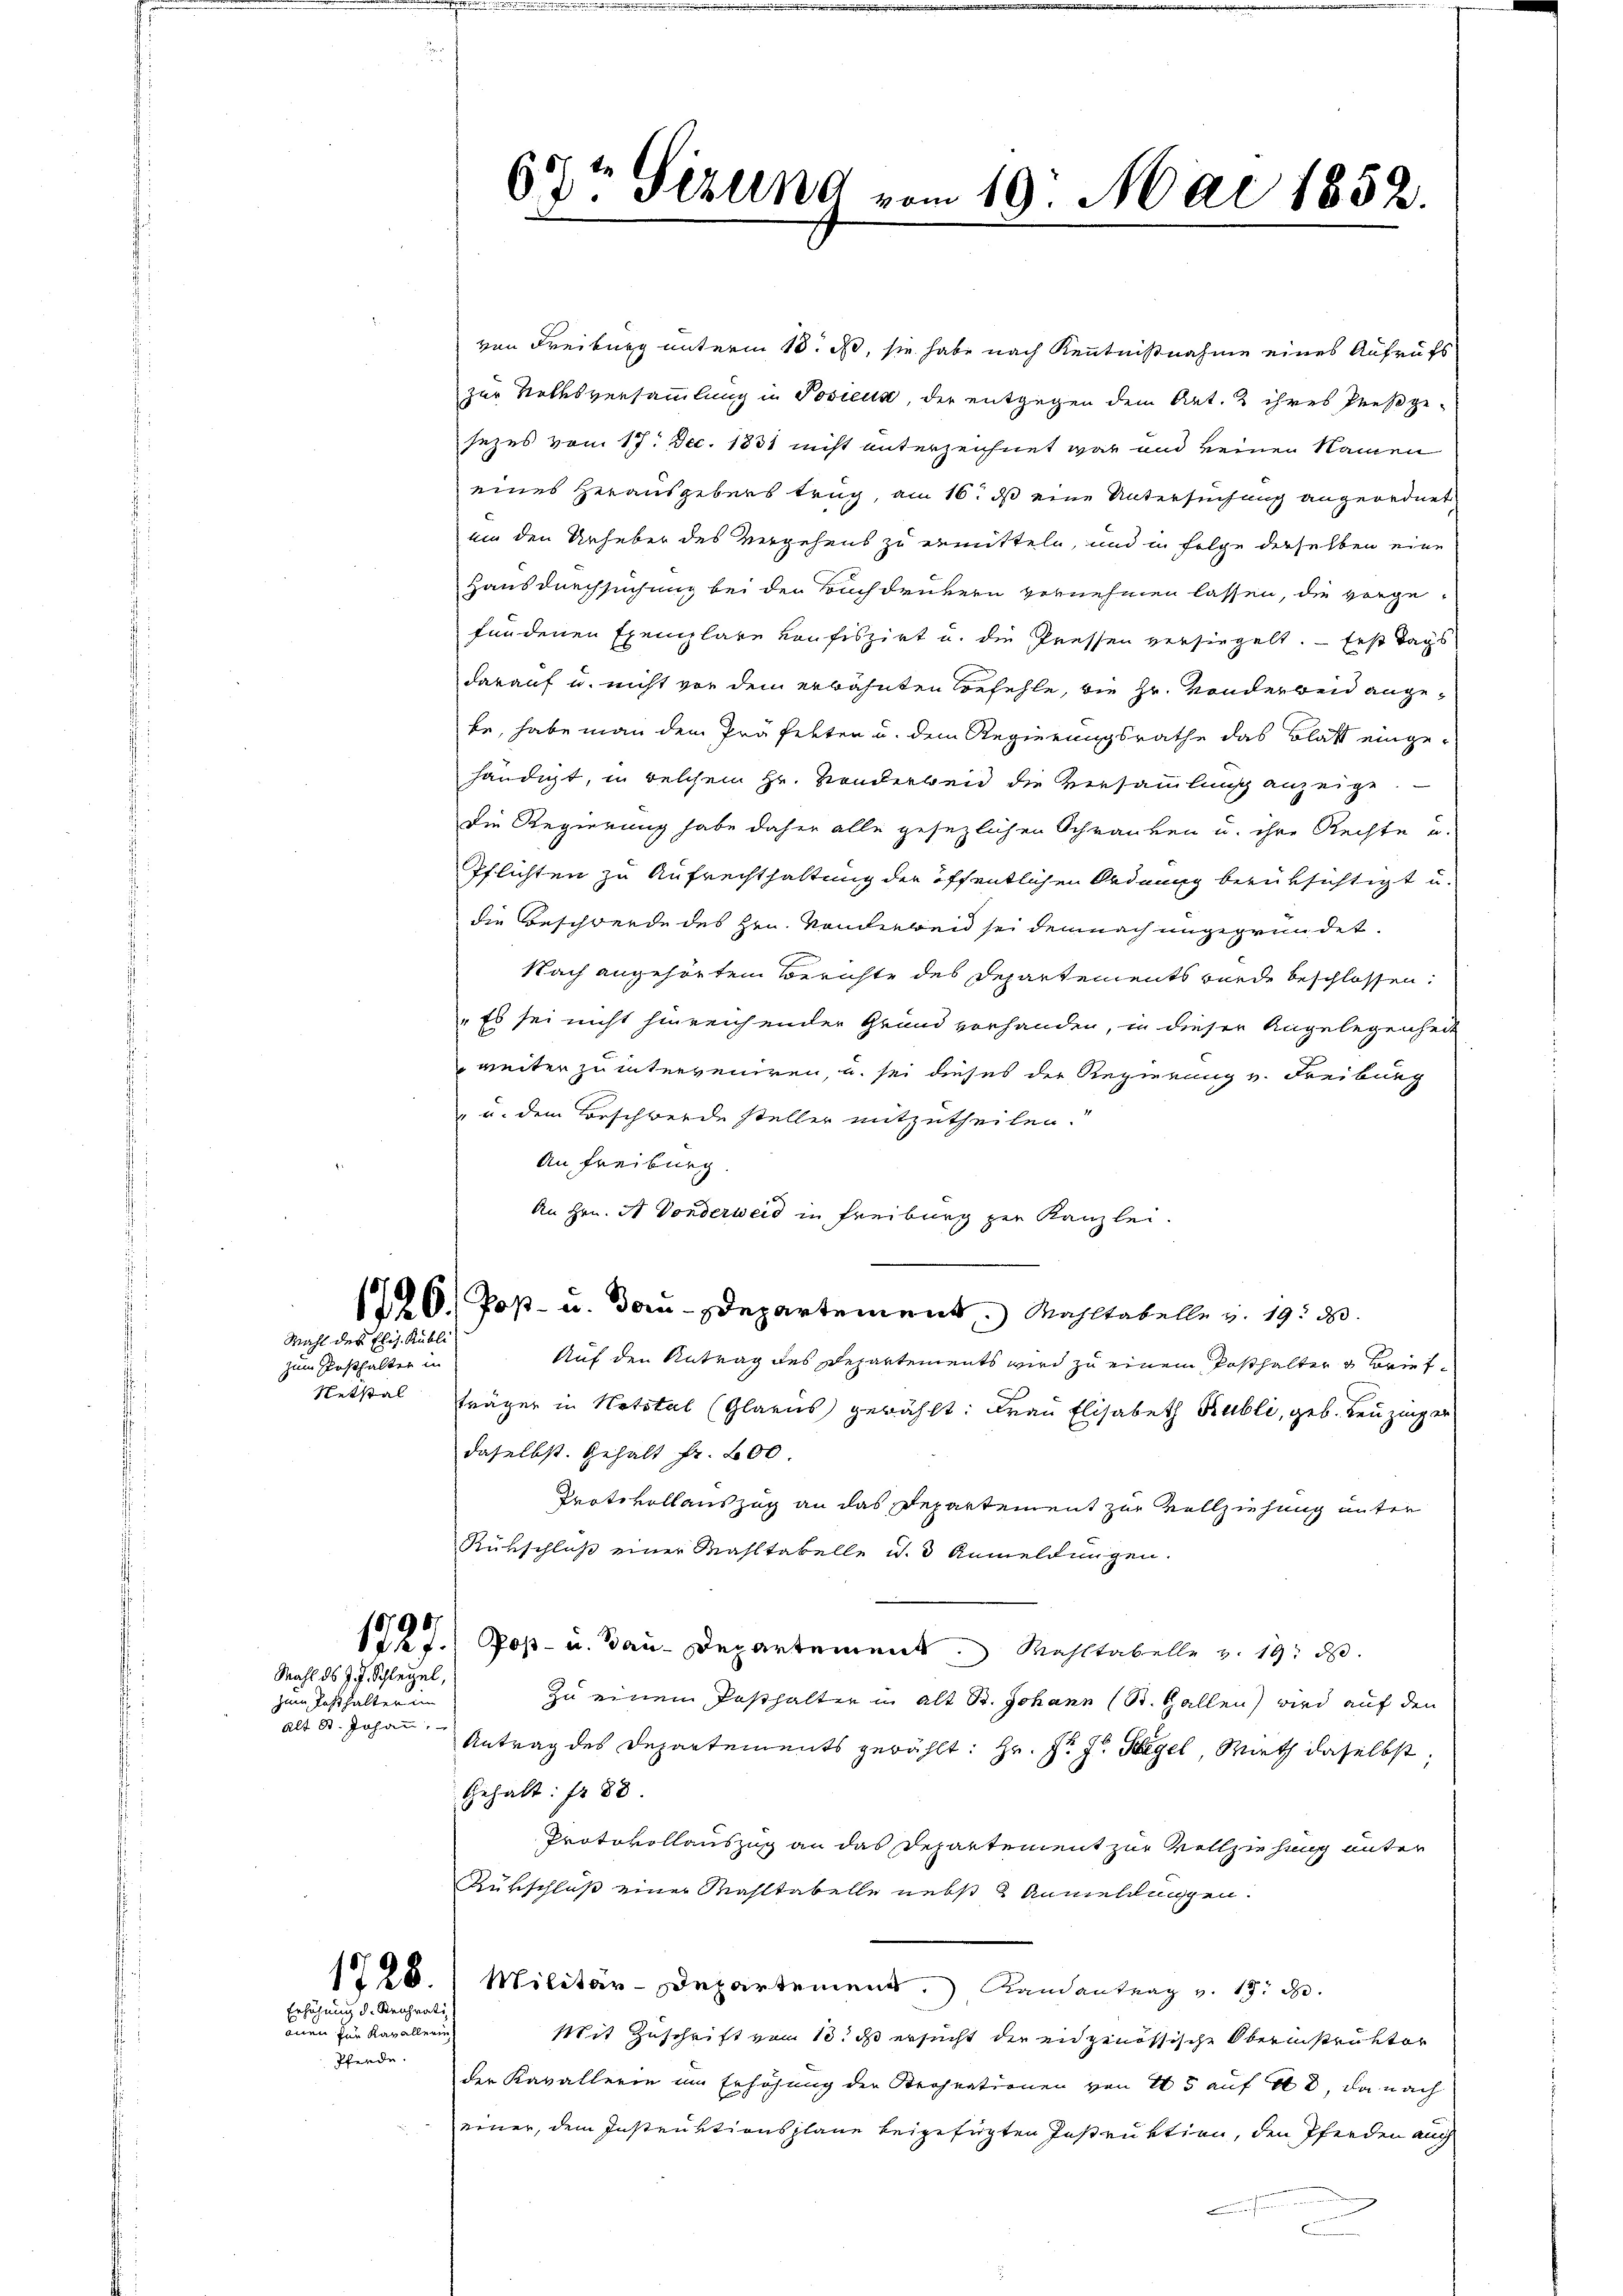
Mahl des Elis. Kübli

zum Posthalter in
Netstal

von Freiburg unterm 18. ds, sie habe nach Kenntnißnahme eines Aufrufs
zur Volksversammlung in Posieua, der entgegen dem Art. 2 ihres Preßge-
sezes vom 17. Dec. 1831 nicht unterzeichnet war und keinen Namen
eines Herausgebens trug, am 16. ds eine Untersuchung angeordnet
uin den Urheber des Vergehens zu ermitteln, und in Folge derselben eine
Hausdurchsuchung bei den Buchdrukern vornehmen lassen, die vorgefündenen Exemplare Konfiszirt u. die Pressen versiegelt. — Erst Tags
darauf u. nicht von dem erwähnten Befehle, die Hr. Sonderbend angebe, habe man dem Präfekten u. dem Regierungsrathe das Blatt eingehändigt, in welchem Hr. Sonderbend die Versammlung anzeige.
Die Regierung habe daher alle gesezlichen Schranken u. ihre Rechte u.
Pflichten zu Aufrechthaltung der öffentlichen Ordnung berüksichtigt u.
die Beschwerde des Hrn. Vonderweid sei demnach ungegründet.
Nach angehörten Berichte des Departements wurde beschlossen:
"Es sei nicht hinreichender Grund vorhanden, in dieser Angelegenheit
weiter zu interveniren, u. sei dieses der Regierung v. Freiburg
u. dem Beschwerde steller mitzutheilen.
An Freiburg.
An Hrn. A. Vonderweid in Freiburg zur Kanzlei.
1126, Post- u. Dorn-Departement, Mahltabelle u. 1950.
Auf den Antrag des Departements wird zu einem Posthalter 3 Briefträger in Notstal (Glarus gewählt: Frau Elisabeth Rubli, geb. Leuzinger
daselbst. Gehalt fr. 200.
Protokollauszug an das Departement zur Vollziehung unter
Rübschluß einer Mahltabelle u. 3 Anmeldungen.
12 f.; Poß- u. Bau-Departement. Wahltabelle v. 19. d.
zu einem Posthalten in alt St. Johann (St. Gallen) wird auf den
Antrag des Departements gewählt: Hr. Pr. J. Hegel, Wirth daselbst
Gehalt: fr 88.
Protokollauszug an das Departement zur Vollziehung unter
Rükschluß einer Mahltabelle nebst 2 Anmeldungen.
128. Militär-Departement. Landantrag v. 19. d.
Mit Zuschrift vom 10. ds ersucht der eidgenössische Obernistruktor
der Kavallerin im Erhöhung der Strohnationen von 405 auf 408, da nach
einer, dem Instruktionsplane beigefügten Instruktion, den Pferden auch
e

790.

Mahl ds J. J. Schlegel,
zum Passhalter im
alt St. Johann

Erhöhung d. Reihrati
anen zur Kavallerin
Pferde.

67t Sizung vom 19. Mai 1852.